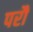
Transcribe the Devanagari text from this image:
परौं